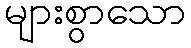
များစွာသော